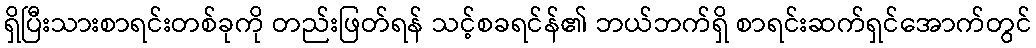
ရှိပြီးသားစာရင်းတစ်ခုကို တည်းဖြတ်ရန် သင့်စခရင်န်၏ ဘယ်ဘက်ရှိ စာရင်းဆက်ရှင်အောက်တွင်